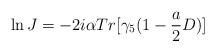
\begin{align*}\ln J = -2i\alpha Tr[\gamma_{5}(1-\frac{a}{2}D)]\end{align*}